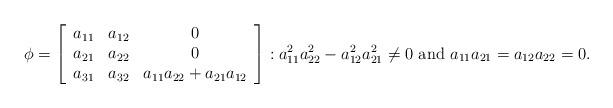
LaTeX: \begin{align*}\phi =\left[ \begin{array}{ccc}a_{11} & a_{12} & 0 \\ a_{21} & a_{22} & 0 \\ a_{31} & a_{32} & a_{11}a_{22}+a_{21}a_{12}\end{array}\right] :a_{11}^{2}a_{22}^{2}-a_{12}^{2}a_{21}^{2}\neq 0\mbox{ and }a_{11}a_{21}=a_{12}a_{22}=0. \end{align*}